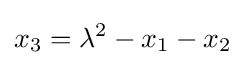
x_{3}=\lambda ^{2}-x_{1}-x_{2}